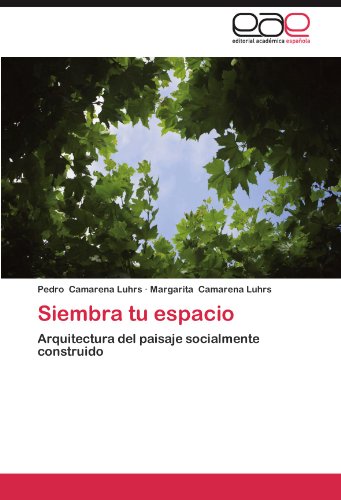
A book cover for Siembra tu espacio: Arquitectura del paisaje socialmente construido (Spanish Edition); Pedro Camarena Luhrs; Politics & Social Sciences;